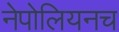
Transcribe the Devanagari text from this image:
नेपोलियनच